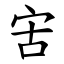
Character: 㝒